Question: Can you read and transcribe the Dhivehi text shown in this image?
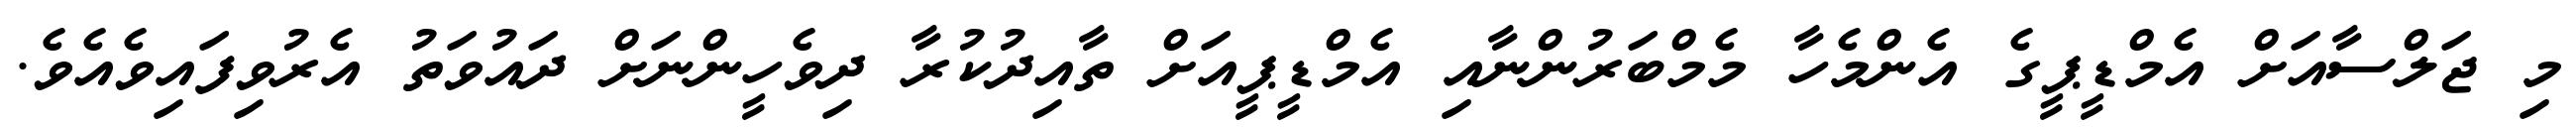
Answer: މި ޖަލްސާއަށް އެމްޑީޕީގެ އެންމެހާ މެމްބަރުންނާއި އެމްޑީޕީއަށް ތާއިދުކުރާ ދިވެހީންނަށް ދައުވަތު އެރުވިފައިވެއެވެ.